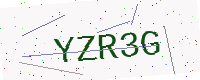
Text: YZR3G